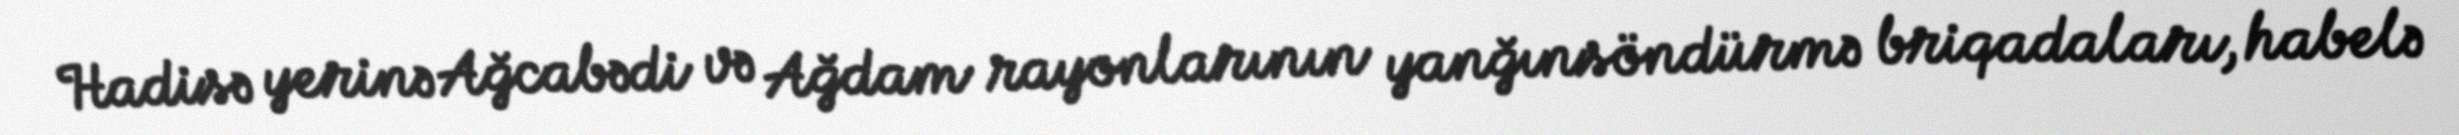
Hadisə yerinə Ağcabədi və Ağdam rayonlarının yanğınsöndürmə briqadaları, habelə